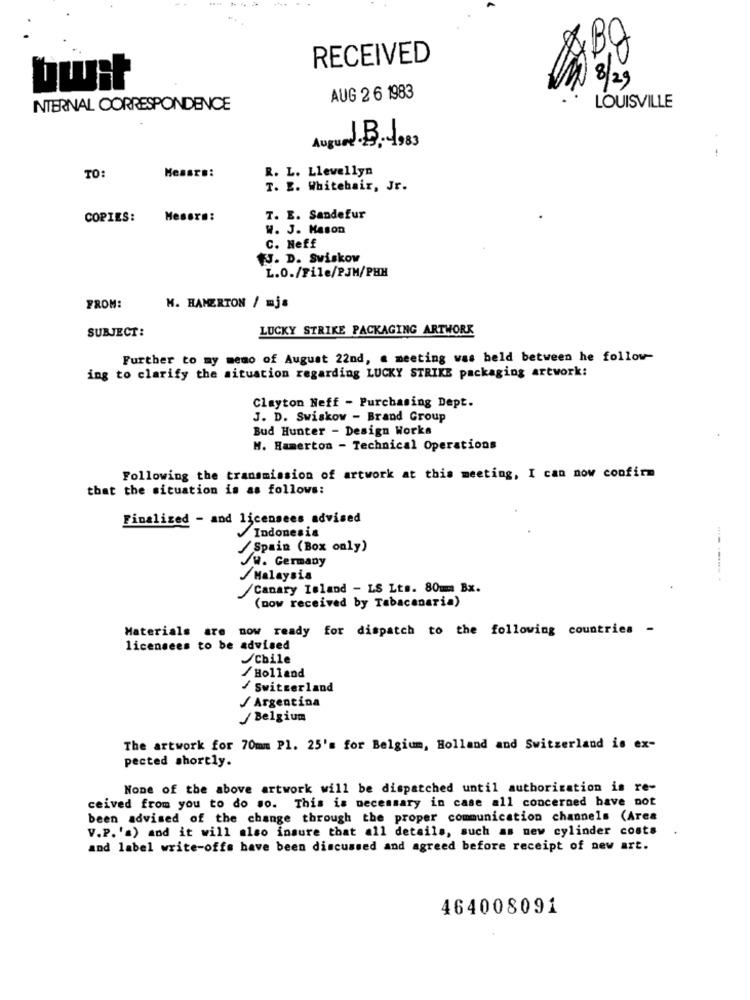
BO
RECEIVED
twit
8/29
AUG 2 6 1983
INTERNAL CORRESPONDENCE
LOUISVILLE
Augund-3, 4983
...
Messre:
R. L. Llewellyn
TO:
T. E. Whitehair, Jr.
COPIES:
Mesera:
T. E. Sandefur
W. J. Hason
C. Heff
J. D. Sviskow
L.O./File/PJM/PHH
FROM:
H. HAMERTON / mja
SUBJECT:
LUCKY STRIKE PACKAGING ARTWORK
Further to my memo of August 22nd, a meeting was held between he follow-
ing to clarify the situation regarding LUCKY STRIKE packaging artwork:
Clayton Neff - Purchasing Dept.
J. D. Swiskow - Brand Group
Bud Hunter - Design Works
M. Hamerton - Technical Operations
Following the transmission of artwork at this meeting, I can now confirm
that the situation is as follows:
Finalized - and licensees advised
Indonesia
/Spain (Box only)
/W. Germany
/Malaysia
/Canary Island - LS Lts. 80mm Bx.
(now received by Tabacanaria)
Materials are now ready for dispatch to the following countries -
licensees to be advised
Chile
/Holland
/Switzerland
-
/Argentina
/Belgium
The artwork for 70mm Pl. 25's for Belgium, Holland and Switzerland is ex-
pected shortly.
None of the above artwork will be dispatched until authorization is re-
ceived from you to do so. This is necessary in case all concerned have not
been advised of the change through the proper communication channels (Area
V.P. 's) and it will also insure that all details, such as new cylinder costs
and label write-offs have been discussed and agreed before receipt of new art.
464008091